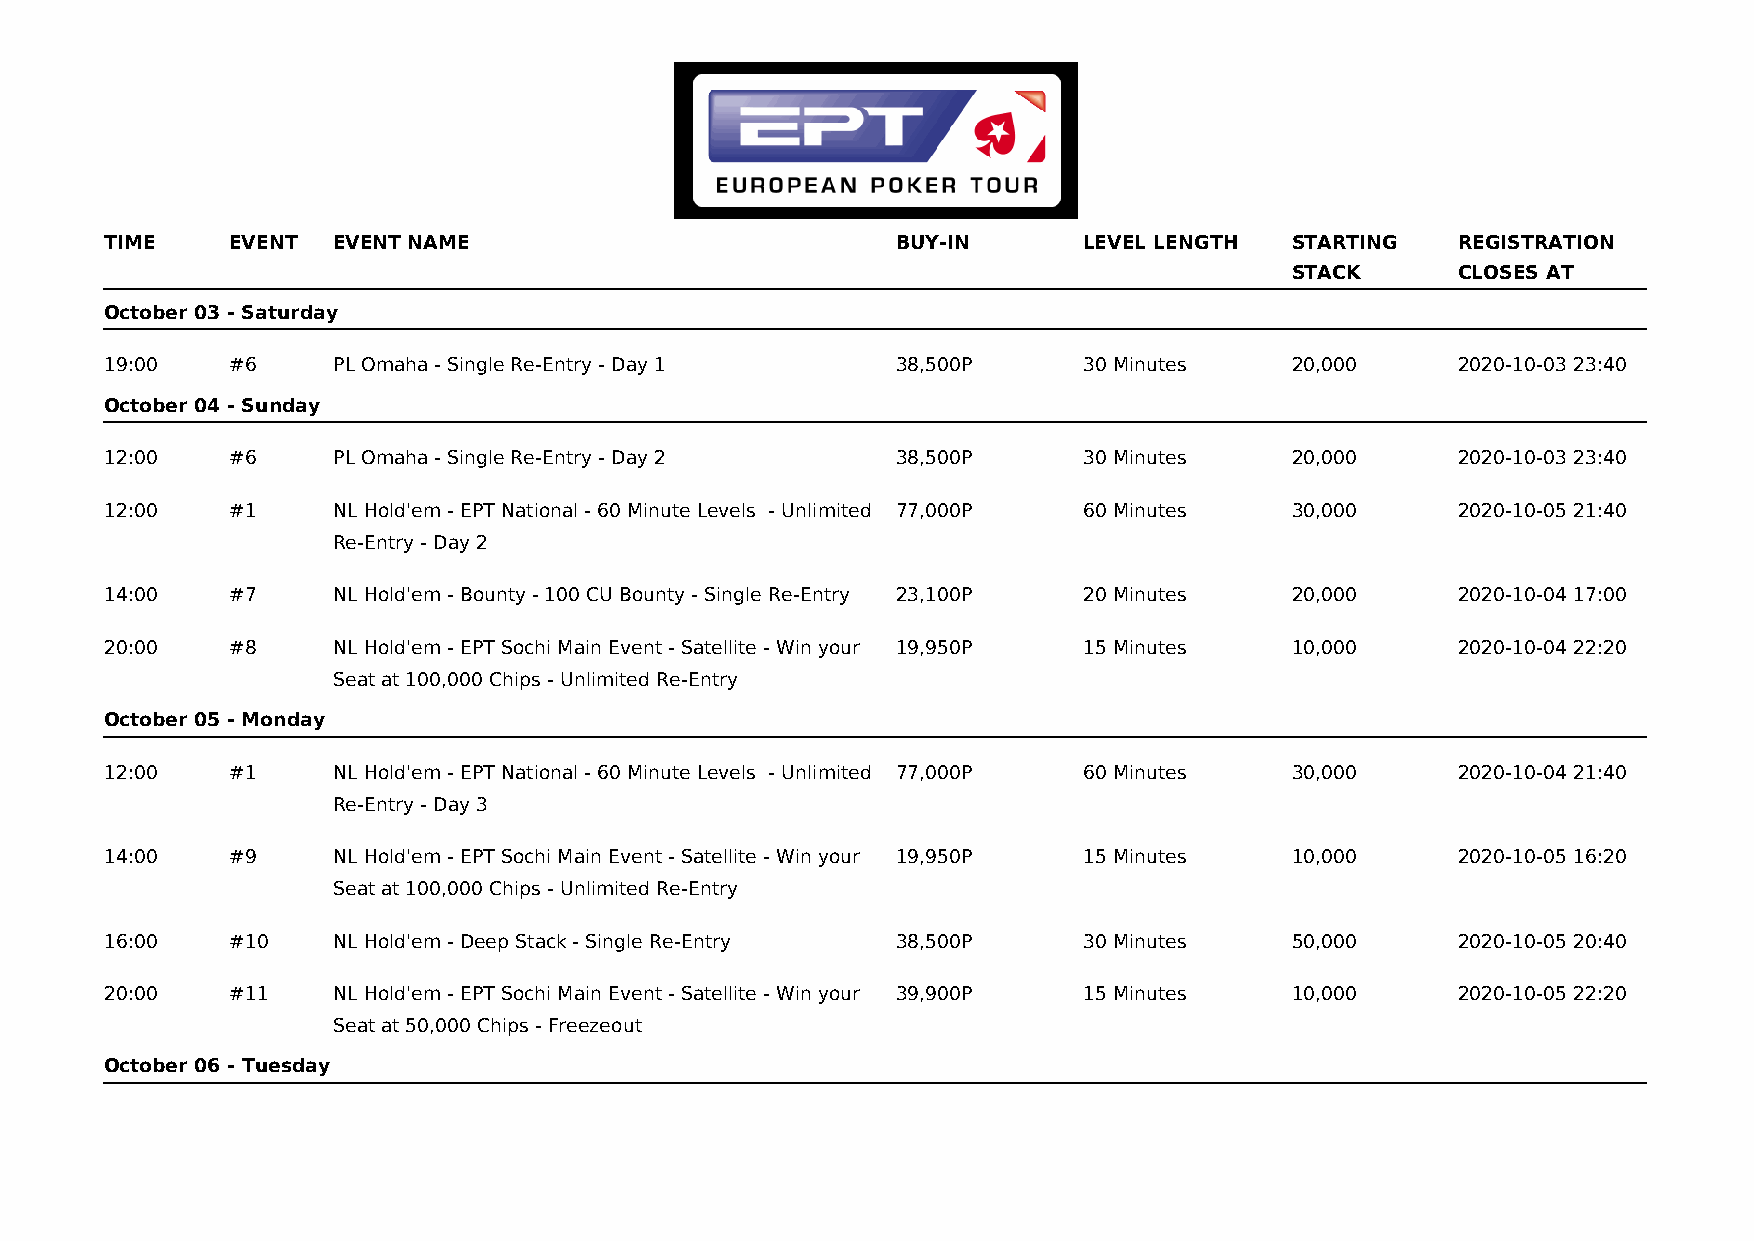
TIME    EVENT  EVENT NAME                           BUY-IN       LEVEL LENGTH  STARTING   REGISTRATION
 STACK      CLOSES AT
 October 03 - Saturday
 19:00   #6     PL Omaha - Single Re-Entry - Day 1   38,500P      30 Minutes    20,000     2020-10-03 23:40
 October 04 - Sunday
 12:00   #6     PL Omaha - Single Re-Entry - Day 2   38,500P      30 Minutes    20,000     2020-10-03 23:40
 12:00   #1     NL Hold'em - EPT National - 60 Minute Levels - Unlimited 77,000P 60 Minutes 30,000 2020-10-05 21:40
 Re-Entry - Day 2
 14:00   #7     NL Hold'em - Bounty - 100 CU Bounty - Single Re-Entry 23,100P 20 Minutes 20,000 2020-10-04 17:00
 20:00   #8     NL Hold'em - EPT Sochi Main Event - Satellite - Win your 19,950P 15 Minutes 10,000 2020-10-04 22:20
 Seat at 100,000 Chips - Unlimited Re-Entry
 October 05 - Monday
 12:00   #1     NL Hold'em - EPT National - 60 Minute Levels - Unlimited 77,000P 60 Minutes 30,000 2020-10-04 21:40
 Re-Entry - Day 3
 14:00   #9     NL Hold'em - EPT Sochi Main Event - Satellite - Win your 19,950P 15 Minutes 10,000 2020-10-05 16:20
 Seat at 100,000 Chips - Unlimited Re-Entry
 16:00   #10    NL Hold'em - Deep Stack - Single Re-Entry 38,500P 30 Minutes    50,000     2020-10-05 20:40
 20:00   #11    NL Hold'em - EPT Sochi Main Event - Satellite - Win your 39,900P 15 Minutes 10,000 2020-10-05 22:20
 Seat at 50,000 Chips - Freezeout
 October 06 - Tuesday